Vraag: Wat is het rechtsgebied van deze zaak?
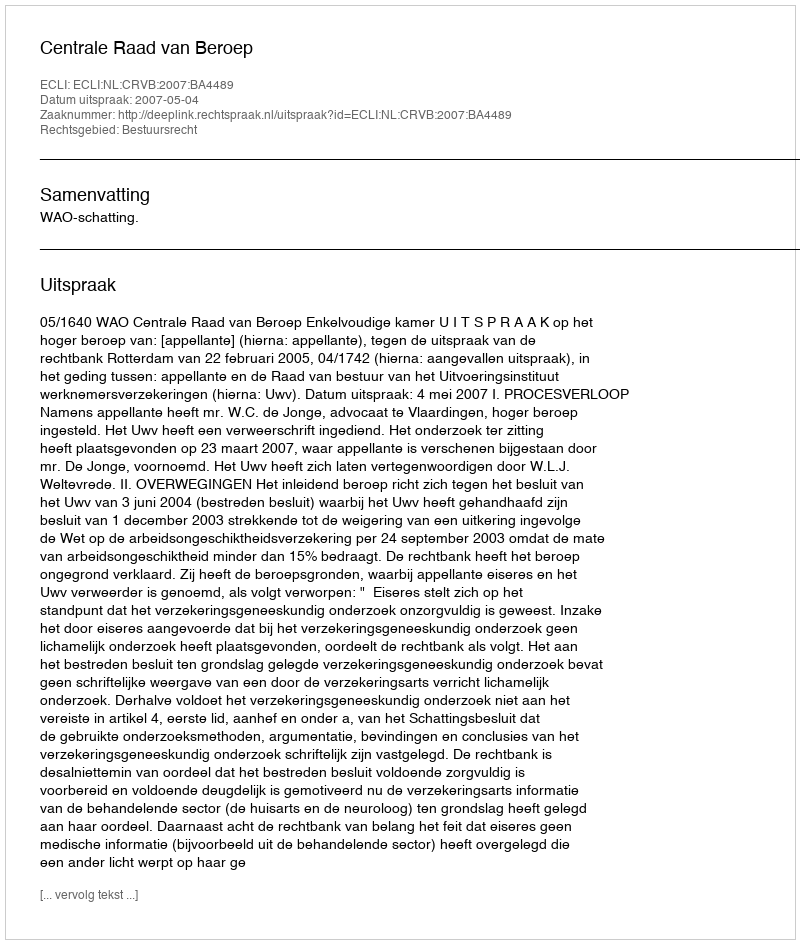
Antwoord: Bestuursrecht